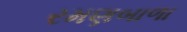
રમણબાળા